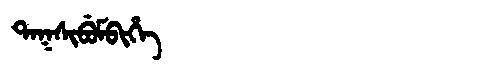
Manchu: ᡨᠠᡴᠰᡳᠪᡠᠮᠪᡳᡥᡝ
Romanization: TAKSIBUMBIHE